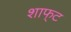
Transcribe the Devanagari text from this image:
शाफ्‌ट